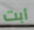
أبت